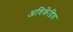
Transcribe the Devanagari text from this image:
अधिकेंद्रिय